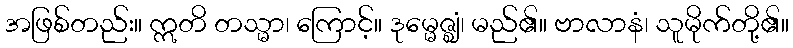
အဖြစ်တည်း။ ဣတိ တသ္မာ၊ ကြောင့်။ ဒုမ္မေဇ္ဈံ၊ မည်၏။ ဗာလာနံ၊ သူမိုက်တို့၏။